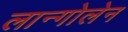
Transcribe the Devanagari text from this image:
लान्गोलेन